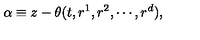
\alpha \equiv z - \theta ( t , r ^ { 1 } , r ^ { 2 } , \cdots , r ^ { d } ) ,